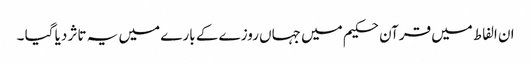
ان الفاط میں قرآن حکیم میں جہاں روزے کے بارے میں یہ تاثر دیا گیا ۔